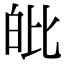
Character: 𤽊